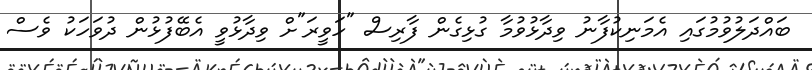
ބައްދަލުވުމުގައި އެމަނިކުފާނު ވިދާޅުވުމާ ގުޅިގެން ފާރިސް "ހަވީރަ"ށް ވިދާޅުވީ އެބޭފުޅުން ދުވަހަކު ވެސް